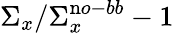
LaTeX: \Sigma_{x}/\Sigma_{x}^{\mathrm no-bb}-1